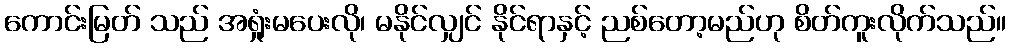
ကောင်းမြတ် သည် အရှုံးမပေးလို၊ မနိုင်လျှင် နိုင်ရာနှင့် ညစ်တော့မည်ဟု စိတ်ကူးလိုက်သည်။